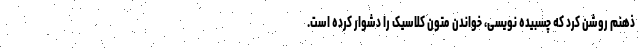
ذهنم روشن کرد که چسبیده نویسی، خواندن متون کلاسیک را دشوار کرده است.